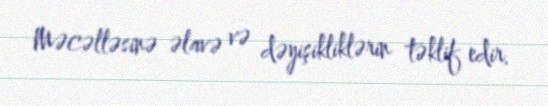
Məcəlləsinə əlavə və dəyişikliklərin təklif edir.